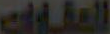
العقارات